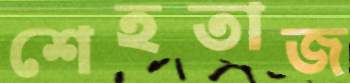
শেহতাজ